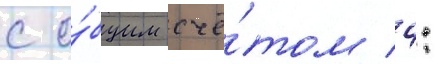
с о́бщим счё́том 4: